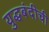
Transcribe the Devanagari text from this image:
युद्धबंदीची